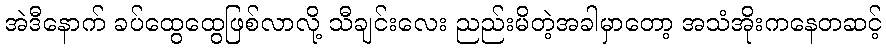
အဲဒီနောက် ခပ်ထွေထွေဖြစ်လာလို့ သီချင်းလေး ညည်းမိတဲ့အခါမှာတော့ အသံအိုးကနေတဆင့်